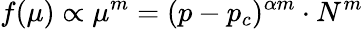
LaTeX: f(\mu)\propto\mu^{m}=(p-p_{c})^{\alpha m}\cdot N^{m}